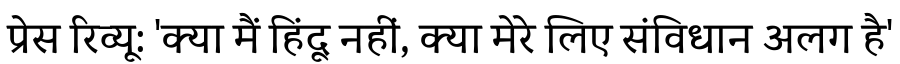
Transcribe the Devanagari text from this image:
प्रेस रिव्यू: 'क्या मैं हिंदू नहीं, क्या मेरे लिए संविधान अलग है'